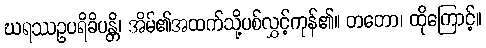
ဃရဿဥပရိခိပန္တိ၊ အိမ်၏အထက်သို့ပစ်လွှင့်ကုန်၏။ တတော၊ ထိုကြောင့်။